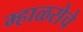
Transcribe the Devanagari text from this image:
म्हाळसेचे